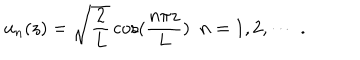
LaTeX: u _ { n } ( z ) = \sqrt { \frac { 2 } { L } } \cos ( \frac { n \pi z } { L } ) \, \, \, n = 1 , 2 , \cdots \; .